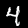
Digit: 4